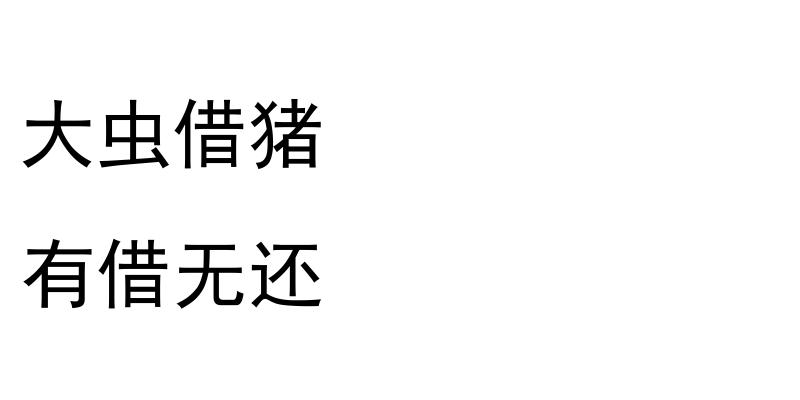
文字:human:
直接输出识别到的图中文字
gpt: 大虫借猪 有借无还